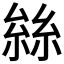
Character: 𠬆